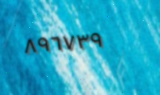
٨٩٦٧٣٩